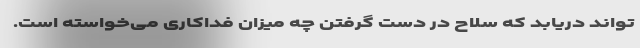
تواند دریابد که سلاح در دست گرفتن چه میزان فداکاری می‌خواسته است.